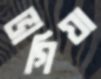
ভাগিয়া